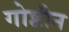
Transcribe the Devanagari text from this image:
गोष्टीन